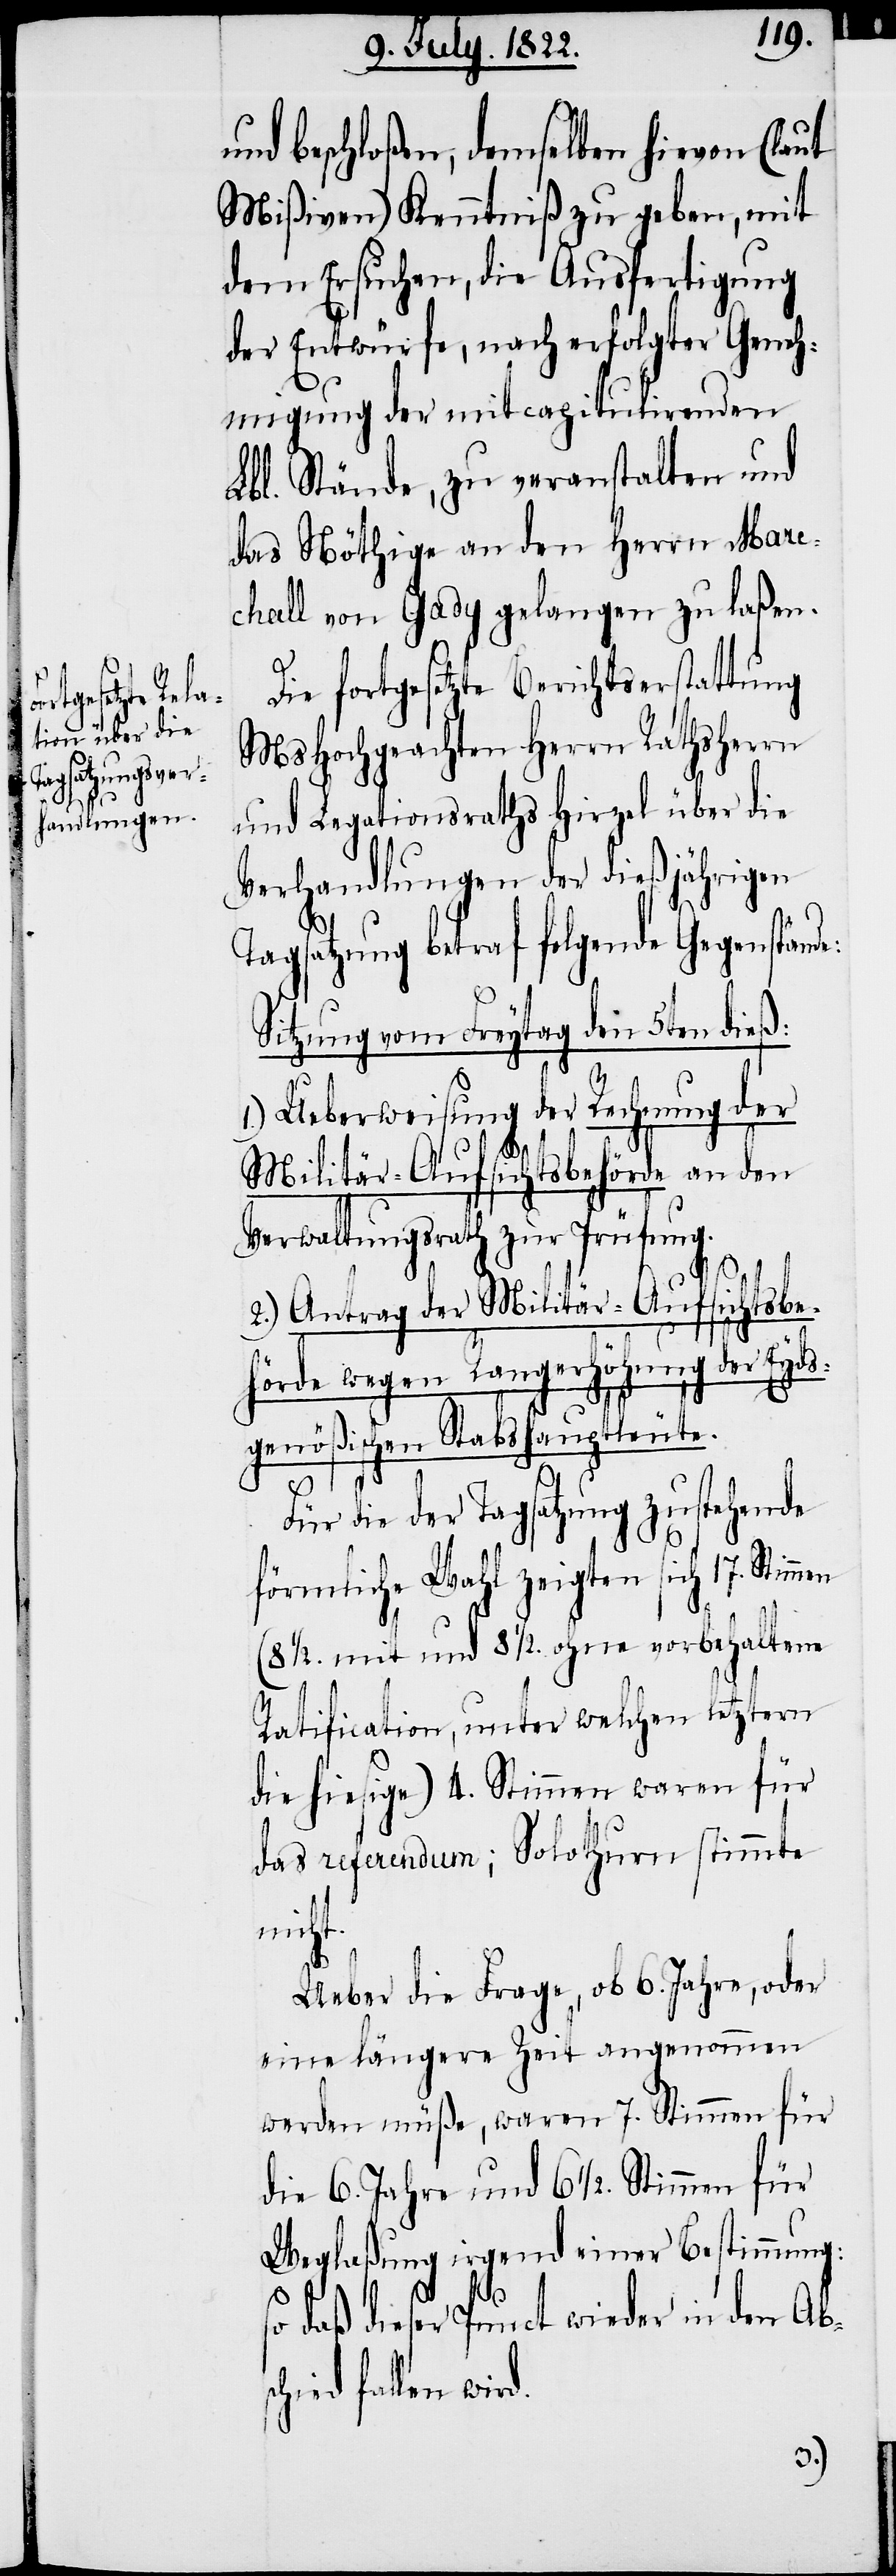
und beschloßen, demselben hiervon (laut
Mißiven) Kenntniß zu geben, mit
dem Ersuchen, die Ausfertigung
der Entwürfe, nach erfolgter Geneh¬
migung der mit capitulirenden
Lbl. Stände, zu veranstalten und
das Nöthige an den Herrn Mare¬
chall von Gady gelangen zu laßen.
Die fortgesetzte Berichtserstattung
MsHochgeachten Herrn Rathsherrn
und Legationsraths Hirzel über die
Verhandlungen der dießjährigen
Tagsatzung betraf folgende Gegenstände:
Sitzung vom Freytag den 5ten dieß:
1.) Ueberweisung der Rechnung der
Militär-Aufsichtsbehörde an den
Verwaltungsrath zur Prüfung.
2.) Antrag der Militär-Aufsichtsbe¬
hörde wegen Rangerhöhung der Eyds¬
genößischen Stabshauptleute.
t.
Für die der Tagsatzung zustehende
förmliche Wahl zeigten sich 17. Stim¬
½. mit und 8 ½. ohne vorbehaltene
Ratification, unter welchen letztern
die hiesige) 4. Stimmen waren für
das referendum; Solothurn stimmte
nich¬
Ueber die Frage, ob 6. Jahre, oder
eine längere Zeit angenommen
worden müße, waren 7. Stimmen für
die 6. Jahre und 6 ½. Stimmen für
Weglaßung irgend einer Bestimmung:
so daß dieser Punct wieder in den Abs¬
chied fallen wird.